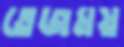
তেজময়